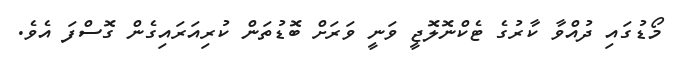
މޯޑުގައި ދުއްވާ ކާރުގެ ޓެކްނޮލޮޖީ ވަނީ ވަރަށް ބޮޑުތަން ކުރިއަރައިގެން ގޮސްފަ އެވެ.